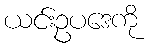
ယင်းဥပဒေကို